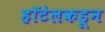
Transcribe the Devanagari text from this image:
हॉटेलकडून